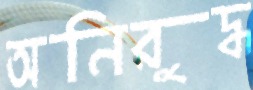
অনিরুদ্ধ